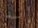
إنه